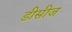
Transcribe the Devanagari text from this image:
डीसीज